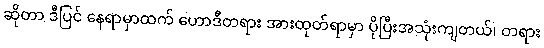
ဆိုတာ ဒီပြင် နေရာမှာထက် ဟောဒီတရား အားထုတ်ရာမှာ ပိုပြီးအသုံးကျတယ်၊ တရား